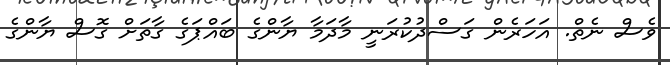
ވެސް ނެތް. އަހަރެން ގަސްދުކުރަނީ މާދަމާ ޔާންގެ ބައްޕަގެ ގާތަށް ގޮސް ޔާންގެ